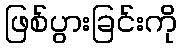
ဖြစ်ပွားခြင်းကို